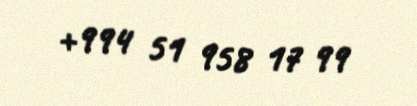
+994 51 958 17 99